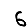
Digit: 6